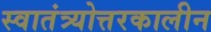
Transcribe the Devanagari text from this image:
स्वातंत्र्योत्तरकालीन